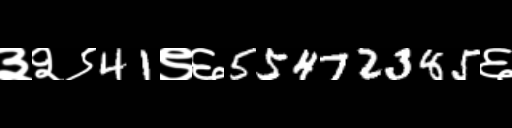
Text: ३२९41९६55472385६